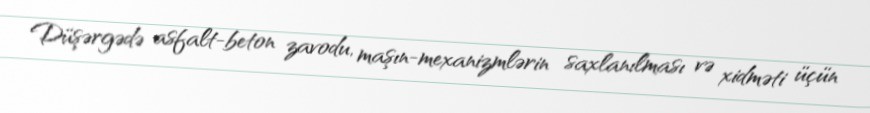
Düşərgədə asfalt-beton zavodu, maşın-mexanizmlərin saxlanılması və xidməti üçün